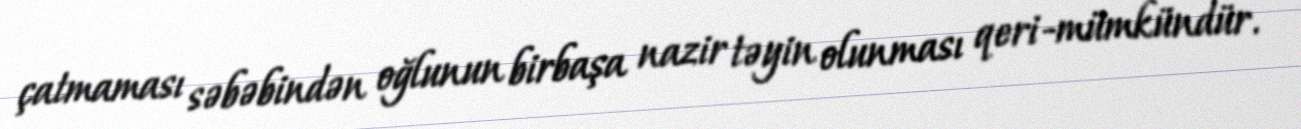
çatmaması səbəbindən oğlunun birbaşa nazir təyin olunması qeri-mümkündür.